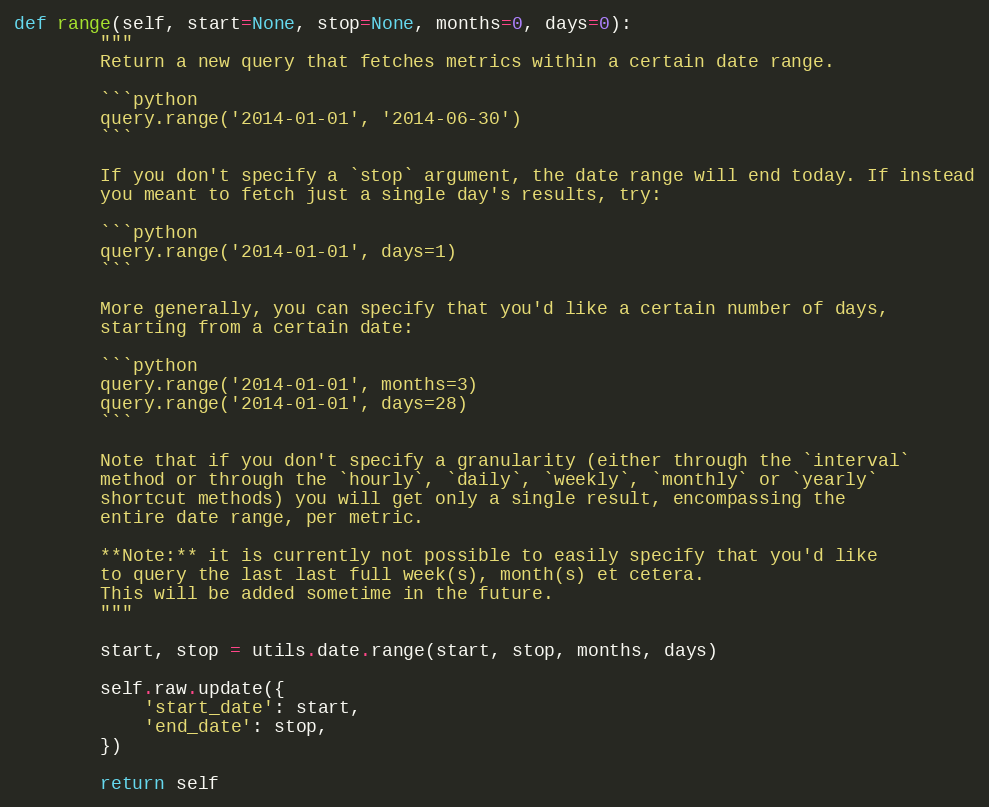
Language: Python
def range(self, start=None, stop=None, months=0, days=0):
        """
        Return a new query that fetches metrics within a certain date range.

        ```python
        query.range('2014-01-01', '2014-06-30')
        ```

        If you don't specify a `stop` argument, the date range will end today. If instead
        you meant to fetch just a single day's results, try:

        ```python
        query.range('2014-01-01', days=1)
        ```

        More generally, you can specify that you'd like a certain number of days,
        starting from a certain date:

        ```python
        query.range('2014-01-01', months=3)
        query.range('2014-01-01', days=28)
        ```

        Note that if you don't specify a granularity (either through the `interval`
        method or through the `hourly`, `daily`, `weekly`, `monthly` or `yearly`
        shortcut methods) you will get only a single result, encompassing the
        entire date range, per metric.

        **Note:** it is currently not possible to easily specify that you'd like
        to query the last last full week(s), month(s) et cetera.
        This will be added sometime in the future.
        """

        start, stop = utils.date.range(start, stop, months, days)

        self.raw.update({
            'start_date': start,
            'end_date': stop,
        })

        return self